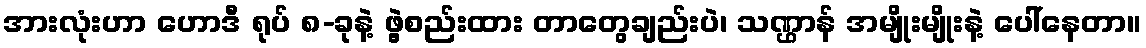
အားလုံးဟာ ဟောဒီ ရုပ် ၈-ခုနဲ့ ဖွဲ့စည်းထား တာတွေချည်းပဲ၊ သဏ္ဌာန် အမျိုးမျိုးနဲ့ ပေါ်နေတာ။